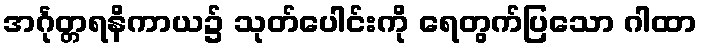
အင်္ဂုတ္တရနိကာယ၌ သုတ်ပေါင်းကို ရေတွက်ပြသော ဂါထာ